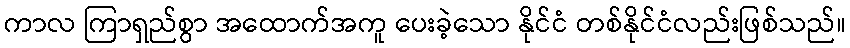
ကာလ ကြာရှည်စွာ အထောက်အကူ ပေးခဲ့သော နိုင်ငံ တစ်နိုင်ငံလည်းဖြစ်သည်။